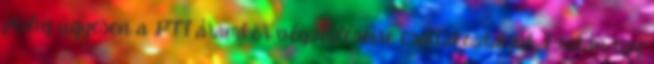
pedig ügyesen a PTT áramkör végződéseire csatlakoztatjuk. Ezután egy